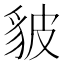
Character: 䝛